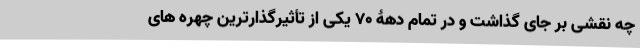
چه نقشی بر جای گذاشت و در تمام دهۀ 70 یکی از تأثیرگذارترین چهره های